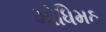
મોધિમઠ